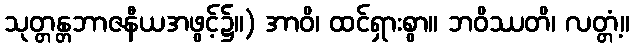
သုတ္တန္တဘာဇနီယအဖွင့်၌။) အာဝိ၊ ထင်ရှားစွာ။ ဘဝိဿတိ၊ လတ္တံ့။